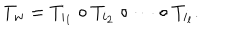
T _ { w } = T _ { i _ { 1 } } \circ T _ { i _ { 2 } } \circ \cdots \circ T _ { i _ { l } } .